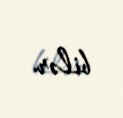
bilər.